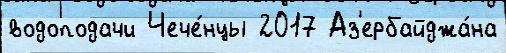
водоподачи Чече́нцы 2017 Аз'ербайджа́на